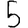
Digit: 5